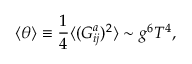
\langle \theta \rangle \equiv \frac { 1 } { 4 } \langle ( G _ { i j } ^ { a } ) ^ { 2 } \rangle \sim g ^ { 6 } T ^ { 4 } ,